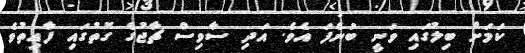
ކަމަށް ބިލުގައި ވަނީ ބުނެފަ އެވެ. އަދި ސާވިސް ޗާޖުގެ ގޮތުގައި ފާއިތުވެ